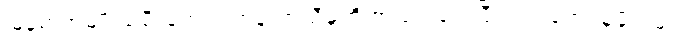
မြန်မာအမျိုးသမီးတွေရဲ့ တန်းတူညီမှုကို အသားပေးပြီး ယဉ်ကျေးမှုပိုင်းမှာ